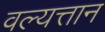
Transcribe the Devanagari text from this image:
वल्यत्तान